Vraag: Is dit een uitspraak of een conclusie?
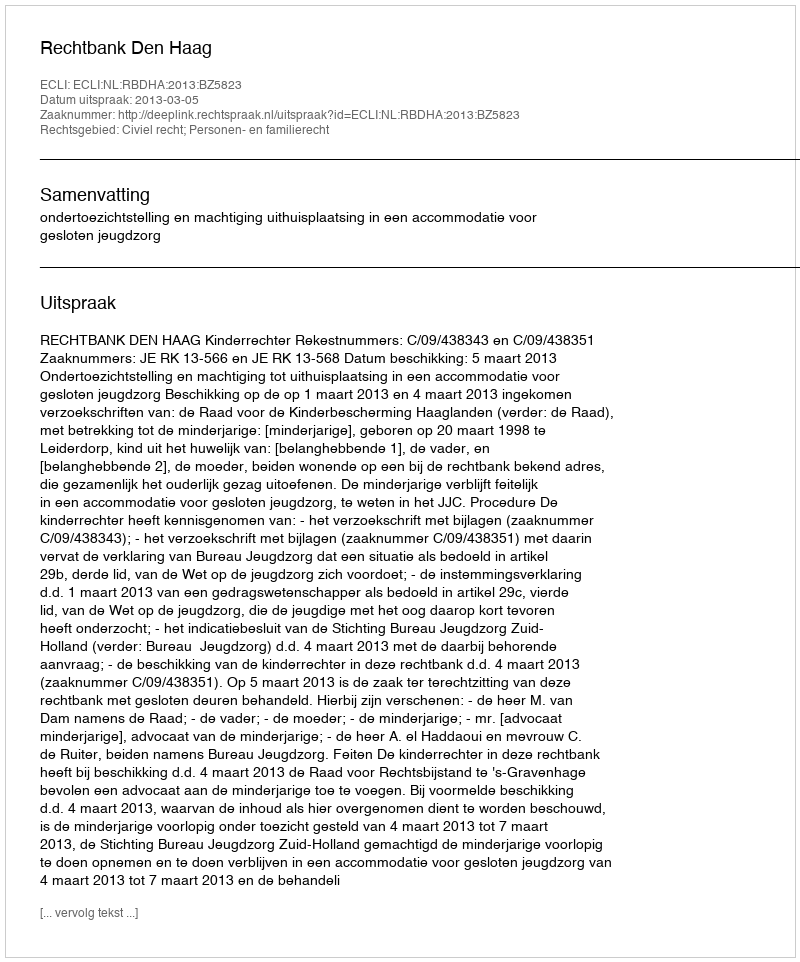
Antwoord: Uitspraak